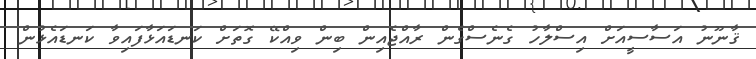
ޤާނޫނު އަސާސީއަށް އިސްލާހު ގެނެސްގެން ރާއްޖެއިން ބިން ވިއްކޭ ގޮތަށް ކަނޑައަޅާފައިވާ ކަނޑައެޅުން